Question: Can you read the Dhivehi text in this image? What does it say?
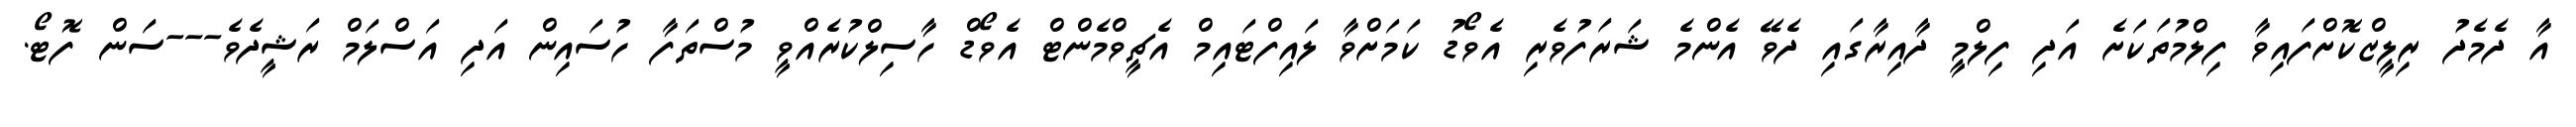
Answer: އާ ދެމެދު ރިލީޒްކޮށްފައިވާ ފިލްމުތަކަށެ އަދި ފިލްމީ ދާއިރާގައި ދެވޭ އެންމެ ޝަރަފުވެރި އެވޯޑު ކަމަށްވާ ލައިފްޓައިމް އެޗީވްމެންޓް އެވޯޑް ހާސިލްކުރެއްވީ މުސްތަފާ ހުސައިން އަދި އަސްލަމް ރަޝީދެވެ---ސަން ފޮޓޯ.